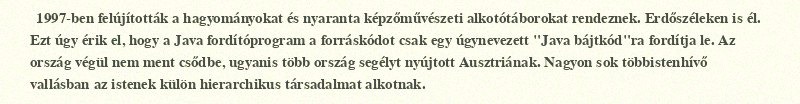
1997-ben felújították a hagyományokat és nyaranta képzőművészeti alkotótáborokat rendeznek. Erdőszéleken is él. Ezt úgy érik el, hogy a Java fordítóprogram a forráskódot csak egy úgynevezett "Java bájtkód"ra fordítja le. Az ország végül nem ment csődbe, ugyanis több ország segélyt nyújtott Ausztriának. Nagyon sok többistenhívő vallásban az istenek külön hierarchikus társadalmat alkotnak.